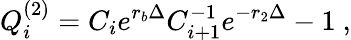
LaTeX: Q_{i}^{(2)}=C_{i}e^{r_{b}\Delta}C_{i+1}^{-1}e^{-r_{2}\Delta}-1\ ,